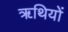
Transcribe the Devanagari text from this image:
ॠथियों